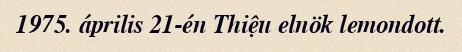
1975. április 21-én Thiệu elnök lemondott.